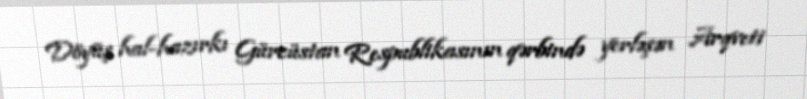
Döyüş hal-hazırkı Gürcüstan Respublikasının qərbində yerləşən Arqveti